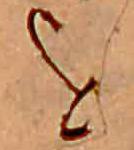
を